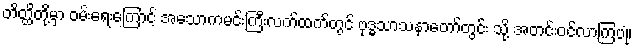
တိတ္ထိတို့မှာ ဝမ်းရေးကြောင့် အသောကမင်းကြီးလက်ထက်တွင် ဗုဒ္ဓသာသနာတော်တွင်း သို့ အတင်းဝင်လာကြပုံ၊